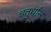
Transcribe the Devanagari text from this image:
चतुर्थांस